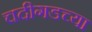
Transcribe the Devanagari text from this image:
चदीगडच्या